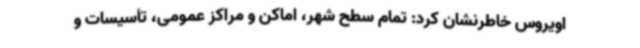
اویروس خاطرنشان کرد: تمام سطح شهر، اماکن و مراکز عمومی، تأسیسات و